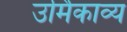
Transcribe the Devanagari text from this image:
उर्मिकाव्य